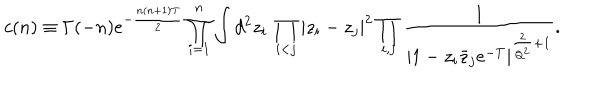
LaTeX: \hspace { - 2 0 m m } c ( n ) \equiv \Gamma ( - n ) e ^ { - { \frac { n ( n + 1 ) T } { 2 } } } \prod _ { i = 1 } ^ { n } \int d ^ { 2 } z _ { i } \, \prod _ { i < j } | z _ { i } - z _ { j } | ^ { 2 } \prod _ { i , j } { \frac { 1 } { | 1 - z _ { i } \bar { z } _ { j } e ^ { - T } | ^ { { \frac { 2 } { Q ^ { 2 } } } + 1 } } } .